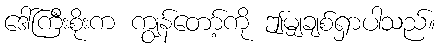
ဒေါ်ကြီးစိုးက ကျွန်တော့်ကို ဤမျှချစ်ရှာပါသည်။